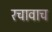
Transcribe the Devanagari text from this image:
रचावाच